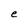
Character: e